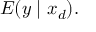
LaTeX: E ( y \mid x _ { d } ) .